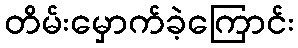
တိမ်းမှောက်ခဲ့ကြောင်း